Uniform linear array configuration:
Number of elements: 48
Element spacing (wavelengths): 0.5
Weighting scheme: hann
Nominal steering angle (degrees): -30
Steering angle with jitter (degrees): -28.321
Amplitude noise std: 0.05
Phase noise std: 0.05

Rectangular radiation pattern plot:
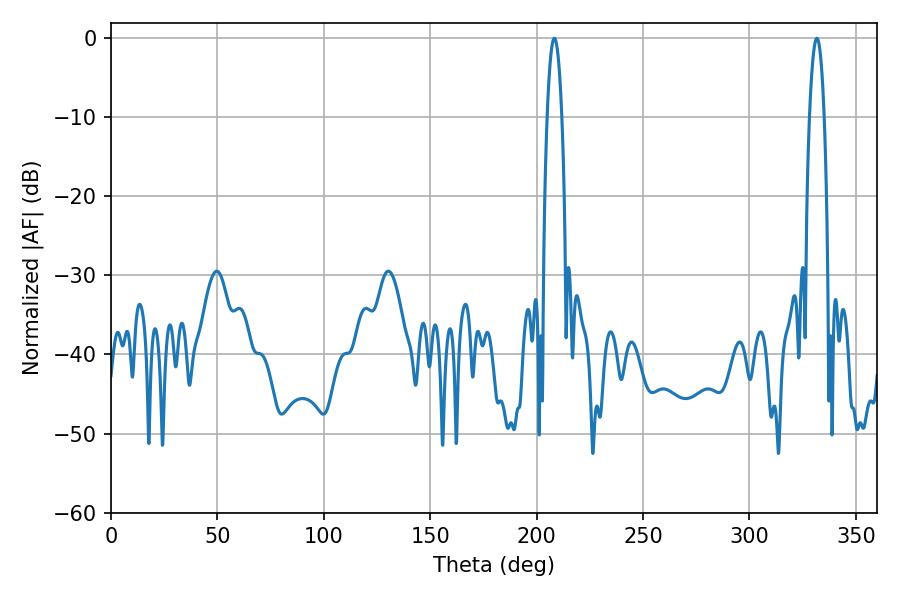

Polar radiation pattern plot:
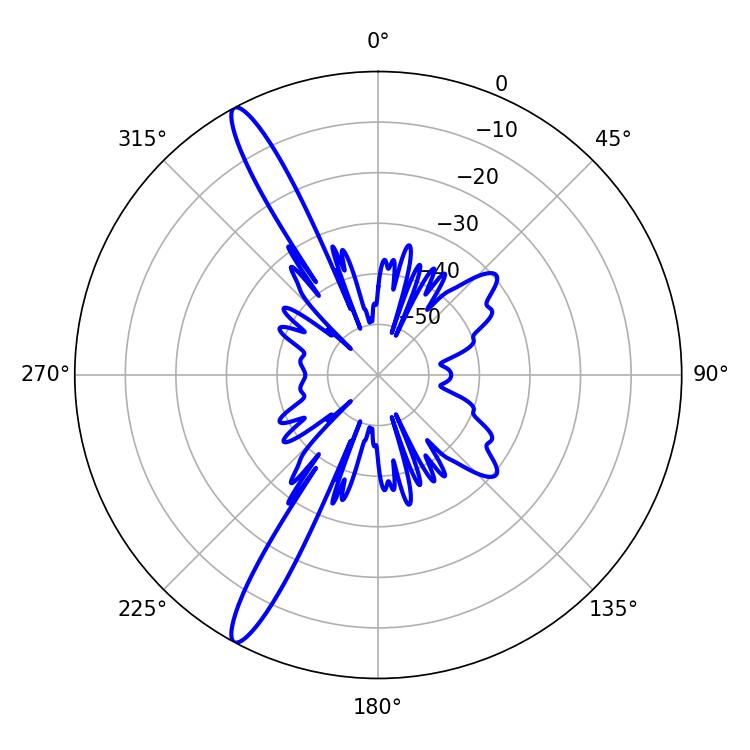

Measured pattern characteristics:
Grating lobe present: FALSE
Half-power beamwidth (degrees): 3.78
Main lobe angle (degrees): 208.26